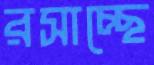
রসাচ্ছে